Scottish Certificate of Education, 1962
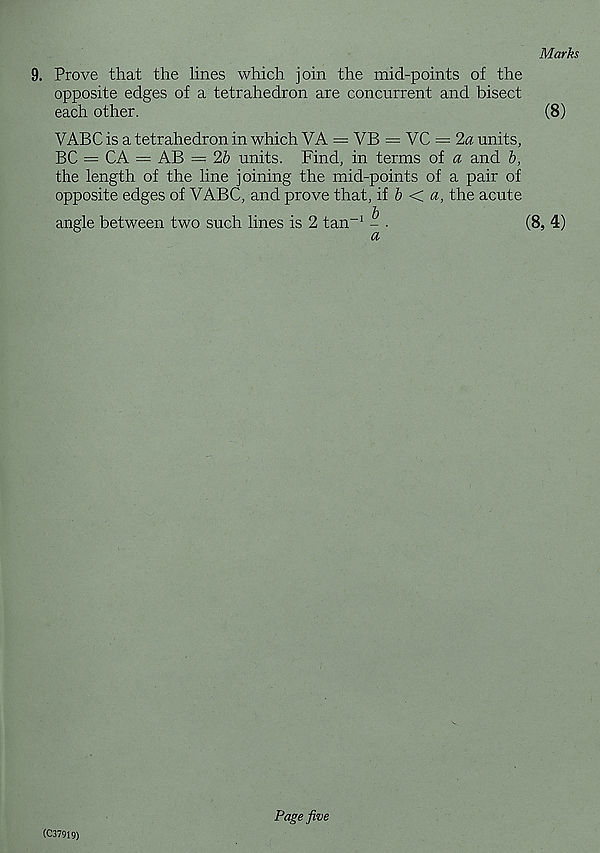
Marks
9. Prove that the lines which join the mid-points of the
opposite edges of a tetrahedron are concurrent and bisect
each other.
VABC is a tetrahedron in which VA = VB — VC —2a units,
BC — CA = AB = 2b units. Find, in terms of a and b,
the length of the line joining the mid-points of a pair of
opposite edges of VABC, and prove that, if b < a, the acute
angle between two such lines is 2 tan -1 - .
(8)
(8, 4)
(C37919)
Page five